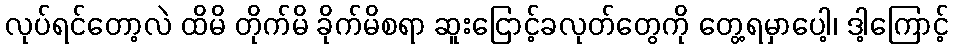
လုပ်ရင်တော့လဲ ထိမိ တိုက်မိ ခိုက်မိစရာ ဆူးငြောင့်ခလုတ်တွေကို တွေ့ရမှာပေါ့၊ ဒါ့ကြောင့်